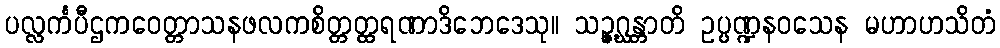
ပလ္လင်္ကပီဌကဝေတ္တာသနဖလကစိတ္တတ္ထရဏာဒိဘေဒေသု။ သဉ္ဇဂ္ဃန္တာတိ ဥပ္ပဏ္ဍနဝသေန မဟာဟသိတံ